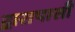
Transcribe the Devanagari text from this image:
द्वारापासी